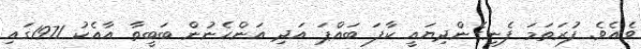
ވެއެވެ. ފުރަތަމަ ފެނިގެންދިޔައީ ކާފަ ބައްޕަ އަދި އަންހެނުން ބަބީތާ އާއެކު 1971ގައި